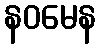
နဝမေန